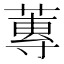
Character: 蓴